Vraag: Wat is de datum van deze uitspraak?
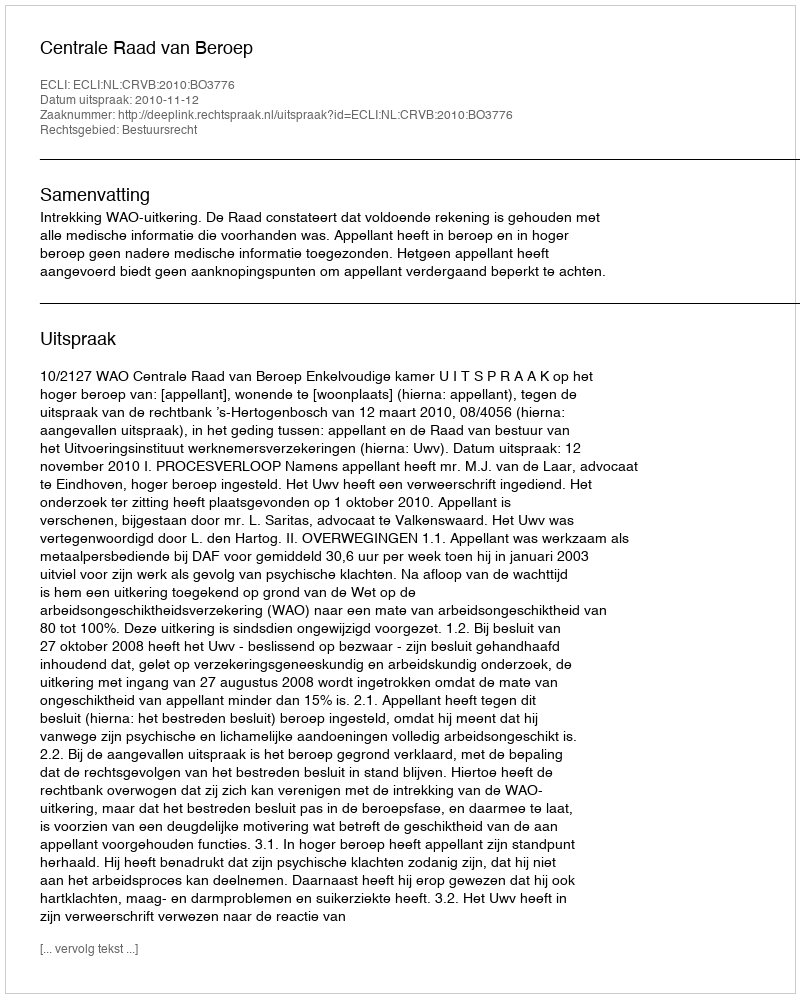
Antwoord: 2010-11-12